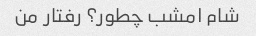
شام امشب چطور؟ رفتار من